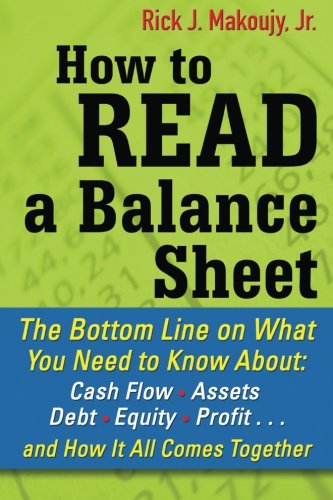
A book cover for How to Read a Balance Sheet: The Bottom Line on What You Need to Know about Cash Flow, Assets, Debt, Equity, Profit...and How It all Comes Together; Rick Makoujy; Business & Money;